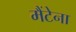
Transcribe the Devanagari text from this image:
मैंटेना